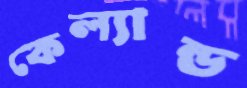
কেল্যান্ড